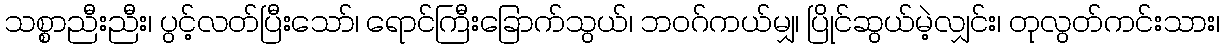
သစ္စာညီးညီး၊ ပွင့်လတ်ပြီးသော်၊ ရောင်ကြီးခြောက်သွယ်၊ ဘဝဂ်ကယ်မျှ၊ ပြိုင်ဆွယ်မဲ့လျှင်း၊ တုလွတ်ကင်းသား၊